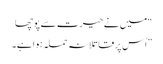
“میں نے حیرت سے پوچھا
”اُس پر قاتلانہ حملہ ہوا ہے۔